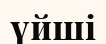
үйші